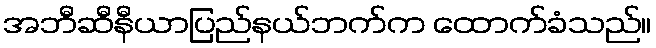
အဘီဆီနီယာပြည်နယ်ဘက်က ထောက်ခံသည်။